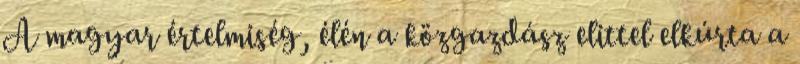
A magyar értelmiség, élén a közgazdász elittel elkúrta a